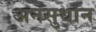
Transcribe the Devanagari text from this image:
अनसुधान